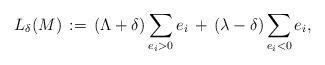
LaTeX: \begin{align*}L_\delta(M)\,:=\,\left(\Lambda+\delta \right)\sum_{e_i>0}e_i\,+\, \left ( \lambda - \delta \right ) \sum_{e_i<0}e_i,\end{align*}